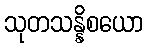
သုတသန္နိစယော